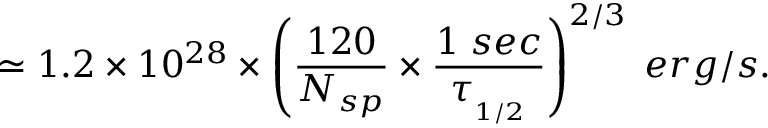
\simeq 1 . 2 \times 1 0 ^ { 2 8 } \times \left( \frac { 1 2 0 } { N _ { s p } } \times \frac { 1 \; s e c } { \tau _ { _ { 1 / 2 } } } \right) ^ { 2 / 3 } \; e r g / s .